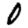
Digit: 0